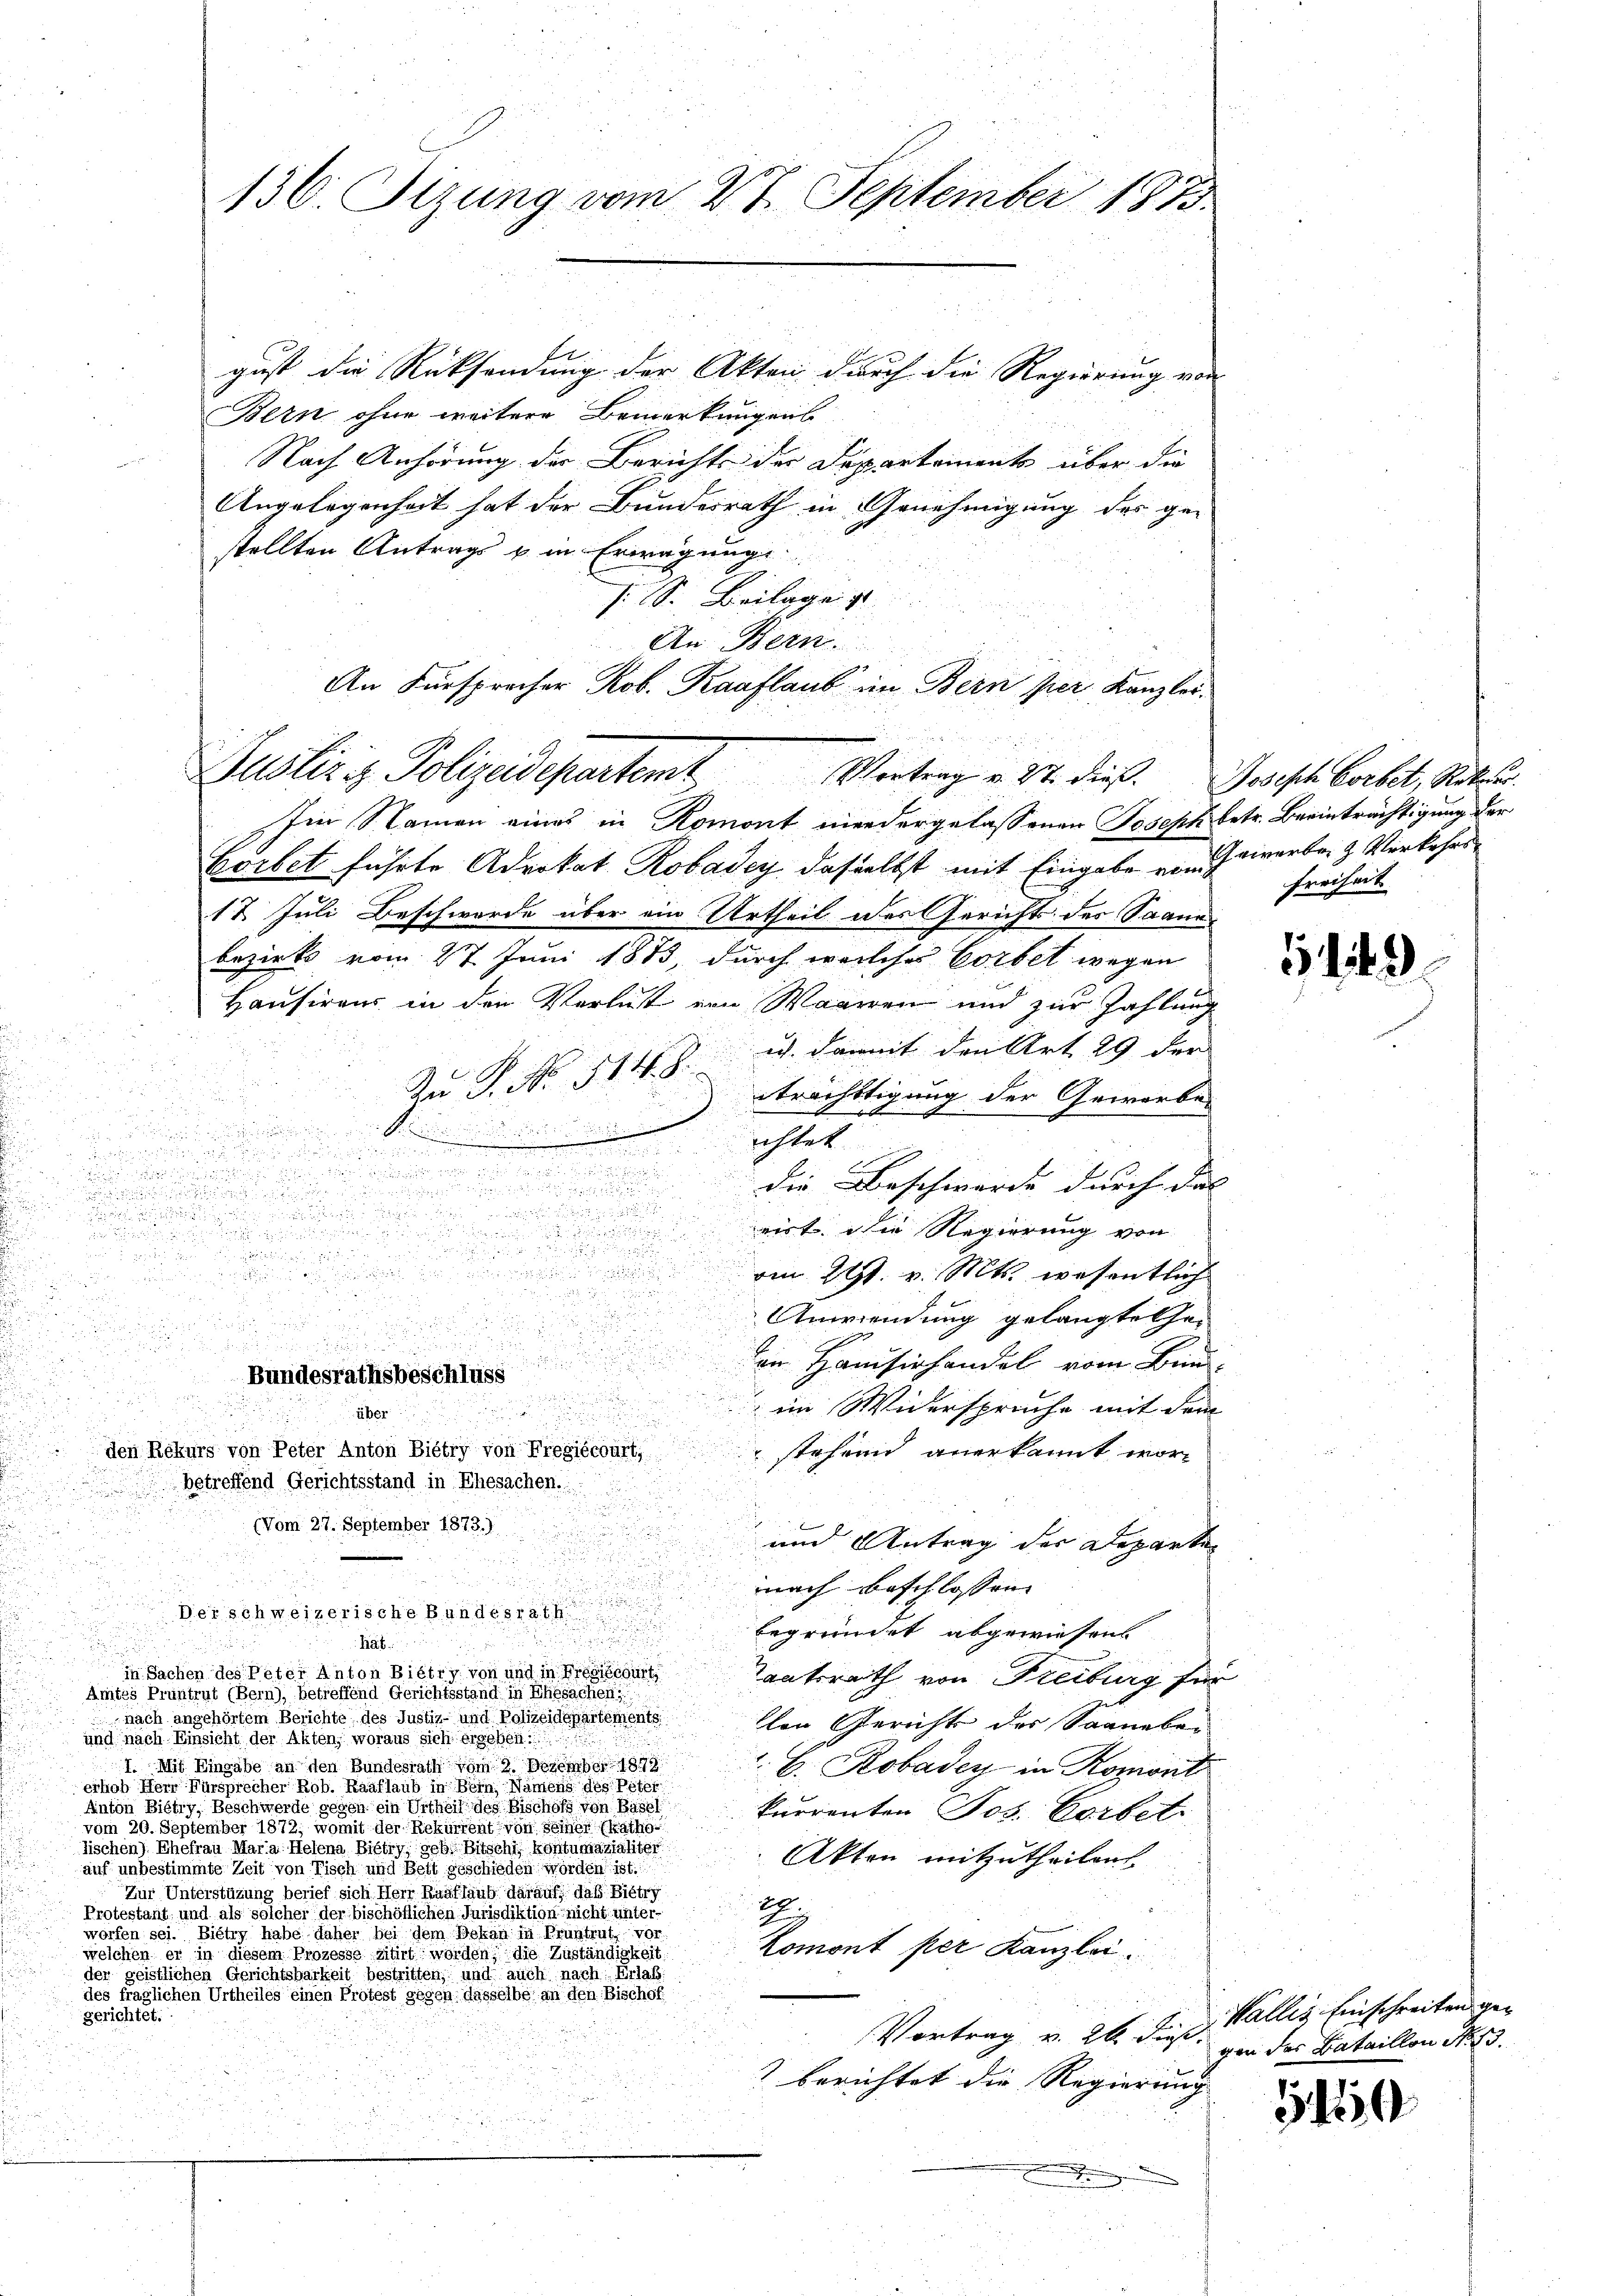
Er
gust die Rücksendung der Akten durch die Regierung von
Bern ohne weitere Bemerkungens
Nach Anhörung der Berichte der Departements über die
Angelegenheit hat der Bundesrath in Genehmigung des ge-
stellten Antrags u. in Erwägunge
s. S. Beilage z
Im Namen eines in Romont wiedergelassenen Joseph betr. Beeinträchtigung der
Bortet führte Advokat Robadey, dasselbst mit Eingabe von Gewerben & Verkehrs
17 Juli Beschwerde über ein Urtheil des Gerichts des Saane
bezirks vom 27. Juni 1873, durch welches Cortet wegen
Hausirens in den Verlust von Wageren und zur Zahlung
u. damit den Art. 29 der
Zu P. No. 514.8.

eträchtigung der Gewerbes

ichtet
.

.
d
f

 die Beschwerde durch das

t die Regierung von

e

om 21. v. Mts. wesentlich

u

Anwendung gelangte her
.

u

r

u

.

.
i Hausirhandel vom Bund,
Bundesrathsbeschluss

im Widerspruche mit dem
.
n
e
.
den Rekurs von Peter Anton Biétry von Fregiécourt,
 stehend anerkannt worbetreffend Gerichtsstand in Ehesachen.

(Vom 27. September 1873.)
und Antrag der Departen

nach Beschlossen.
Der schweizerische Bundesrath
begründet abgewiesen |

hab

in Sachen des Peter Anton Bietry von und in Prediscourt
Taatsrath von Freiburg für
Amtes Pruntrut (Bern), betreffend Gerichtsstand in Ehesachen
nach angehörtem Berichte des Justiz- und Polizeidepartements
Con Gerichts des Saaneben

und nach Einsicht der Akten, woraus sich ergeben:
2
I. Mit Eingabe an den Bundesrath vom 2. Dezember 1890.
. E. Robadey in Romont
erhob Herr Fürsprecher Rob. Raaflaub in Bern, Namens des Peter
Anton Bietry, Beschwerde gegen ein Urtheil des Bischofs von Basel
kurrenten Jos. Vorbet
vom 20. September 1872, womit der Rekurrent von seiner (katho¬
Tischen) Ehefrau Maria Helena Bietig, geb. Bitschi, kontumazialiter
Akten mitzutheilen.
auf unbestimmte Zeit von Tisch und Bett geschieden worden ist.
Zur Unterstüzung berief sich Herr Raaflaub darauf, das Bietry
1.
Protestant und als solcher der bischöflichen Jurisdiktion nicht unter-
worfen sei. Bietry habe daher bei dem Bokan in Pruntrut, vor
Komont per Kanzlei.
welchen er in diesem Prozesse sitirt worden, die Zuständigkeit
der geistlichen Gerichtsbarkeit bestritten, und auch nach Erlaß
des fraglichen Urtheiles einen Protest gegen dasselbe an den Bischof
gerichtet.
Vortrag v. 26. dieß.
berichtet die Regierung |

136. Sizung vom 27. September 1873.

An Bern.
An Fürsprocher Rob. Raaflaub in Bern per Kanzler.
Hubliziz. Polizeidepartem Vortrag v. 27 dieß. Joseph Corbet, Rekur

Freiheit

4

Wallis Einschreiten gegen des Bataillon No 13.

5450